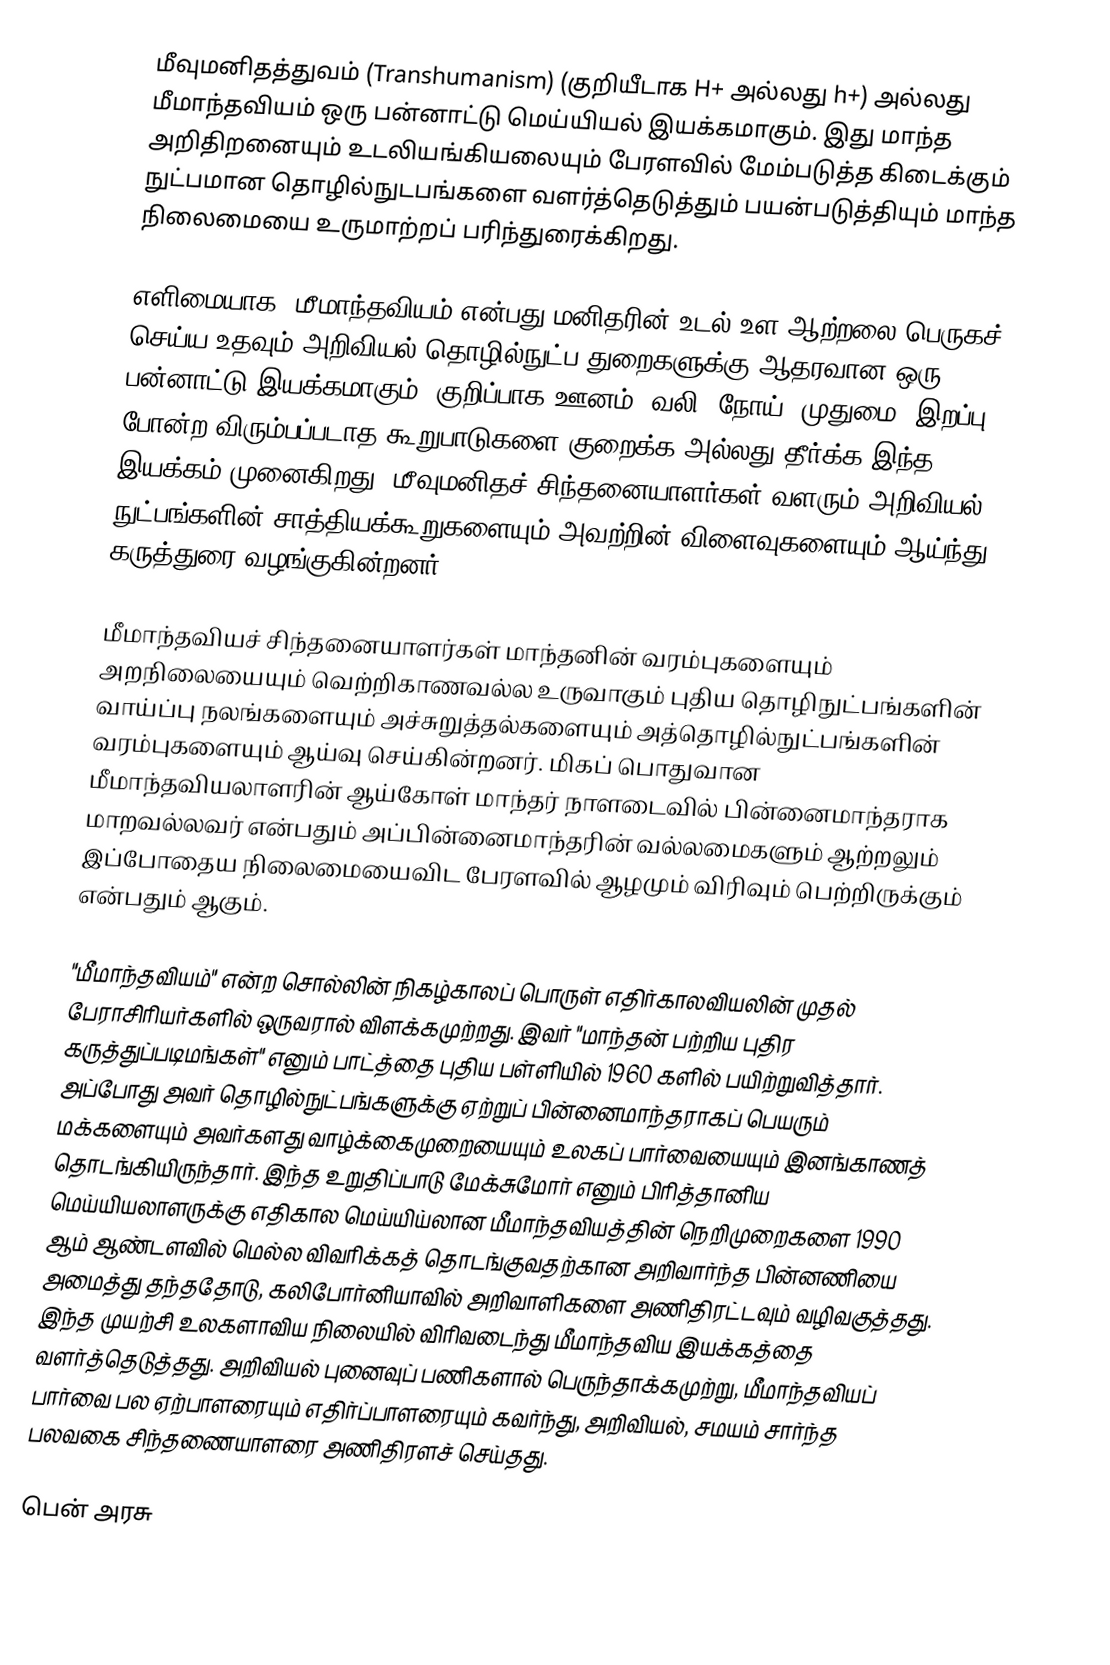
மீவுமனிதத்துவம் (Transhumanism) (குறியீடாக H+ அல்லது h+) அல்லது  மீமாந்தவியம் ஒரு பன்னாட்டு மெய்யியல் இயக்கமாகும். இது மாந்த அறிதிறனையும் உடலியங்கியலையும் பேரளவில் மேம்படுத்த கிடைக்கும் நுட்பமான தொழில்நுடபங்களை வளர்த்தெடுத்தும் பயன்படுத்தியும் மாந்த நிலைமையை உருமாற்றப் பரிந்துரைக்கிறது.

எளிமையாக, மீமாந்தவியம் என்பது மனிதரின் உடல் உள ஆற்றலை பெருகச் செய்ய உதவும் அறிவியல் தொழில்நுட்ப துறைகளுக்கு ஆதரவான ஒரு பன்னாட்டு இயக்கமாகும். குறிப்பாக ஊனம், வலி, நோய், முதுமை, இறப்பு போன்ற விரும்பப்படாத கூறுபாடுகளை குறைக்க அல்லது தீர்க்க இந்த இயக்கம் முனைகிறது. மீவுமனிதச் சிந்தனையாளர்கள் வளரும் அறிவியல் நுட்பங்களின் சாத்தியக்கூறுகளையும் அவற்றின் விளைவுகளையும் ஆய்ந்து கருத்துரை வழங்குகின்றனர்.

மீமாந்தவியச் சிந்தனையாளர்கள் மாந்தனின் வரம்புகளையும் அறநிலையையும் வெற்றிகாணவல்ல உருவாகும் புதிய தொழிநுட்பங்களின் வாய்ப்பு நலங்களையும் அச்சுறுத்தல்களையும்  அத்தொழில்நுட்பங்களின் வரம்புகளையும் ஆய்வு செய்கின்றனர். மிகப் பொதுவான மீமாந்தவியலாளரின் ஆய்கோள் மாந்தர் நாளடைவில் பின்னைமாந்தராக மாறவல்லவர் என்பதும் அப்பின்னைமாந்தரின் வல்லமைகளும் ஆற்றலும் இப்போதைய நிலைமையைவிட பேரளவில் ஆழமும் விரிவும் பெற்றிருக்கும் என்பதும் ஆகும்.

"மீமாந்தவியம்"  என்ற சொல்லின் நிகழ்காலப் பொருள் எதிர்காலவியலின் முதல் பேராசிரியர்களில் ஒருவரால் விளக்கமுற்றது.  இவர் "மாந்தன் பற்றிய புதிர கருத்துப்படிமங்கள்" எனும் பாட்த்தை புதிய பள்ளியில் 1960 களில் பயிற்றுவித்தார். அப்போது அவர் தொழில்நுட்பங்களுக்கு ஏற்றுப் பின்னைமாந்தராகப் பெயரும் மக்களையும் அவர்களது வாழ்க்கைமுறையையும் உலகப் பார்வையையும் இனங்காணத் தொடங்கியிருந்தார். இந்த உறுதிப்பாடு மேக்சுமோர் எனும் பிரித்தானிய மெய்யியலாளருக்கு எதிகால மெய்யிய்லான மீமாந்தவியத்தின் நெறிமுறைகளை 1990 ஆம் ஆண்டளவில் மெல்ல விவரிக்கத் தொடங்குவதற்கான அறிவார்ந்த பின்னணியை அமைத்து தந்ததோடு, கலிபோர்னியாவில் அறிவாளிகளை அணிதிரட்டவும் வழிவகுத்தது. இந்த முயற்சி உலகளாவிய நிலையில் விரிவடைந்து மீமாந்தவிய இயக்கத்தை வளர்த்தெடுத்தது. அறிவியல் புனைவுப் பணிகளால் பெருந்தாக்கமுற்று, மீமாந்தவியப் பார்வை பல ஏற்பாளரையும் எதிர்ப்பாளரையும் கவர்ந்து,  அறிவியல், சமயம் சார்ந்த பலவகை சிந்தணையாளரை அணிதிரளச் செய்தது.

பென் அரசு